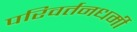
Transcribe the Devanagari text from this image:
परिवर्तनधर्मी